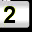
Digit: 2